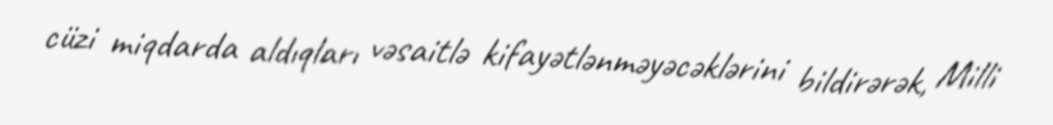
cüzi miqdarda aldıqları vəsaitlə kifayətlənməyəcəklərini bildirərək, Milli